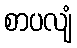
စာပလျံ